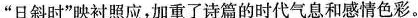
的”日斜时”映衬照应，加重了诗篇的时代气息和感情色彩。